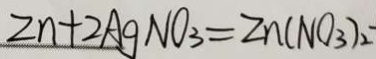
2 n + 2 A g N O _ { 3 } = Z n ( N O _ { 3 } ) _ { 2 }